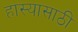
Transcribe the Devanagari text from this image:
हास्यासाठी